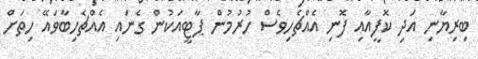
ބިރިޔާނި އަދި ކޮފީއާއި ފޮނި އެއްޗެހިވެސް ހުރުމުން ޕާޓީއަކުން ގެނައި އެއްޗެހިބާވައޭ ހިތަށް